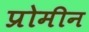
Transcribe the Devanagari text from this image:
प्रोमीन